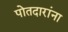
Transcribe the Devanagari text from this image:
पोतदारांना